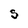
Character: S